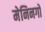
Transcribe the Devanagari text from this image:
मेनिनगो